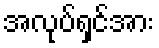
အလုပ်ရှင်အား